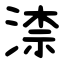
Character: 渿